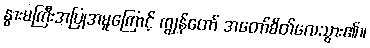
နွားမကြီးအပြုအမူကြောင့် ကျွန်တော် အတော်စိတ်လေသွား၏။